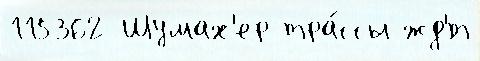
115362 Шумах'ер тра́ссы жд'́т